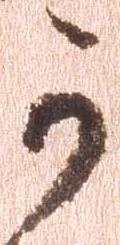
可